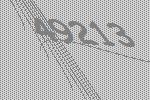
49213